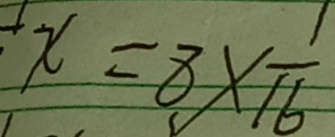
x = 8 \times \frac { 1 } { 1 6 }